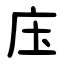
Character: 庒